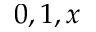
0 , 1 , x